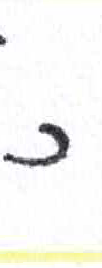
אות: כ